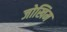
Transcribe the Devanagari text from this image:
जोखिम